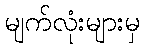
မျက်လုံးများမှ